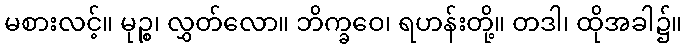
မစားလင့်။ မုဉ္စ၊ လွှတ်လော။ ဘိက္ခဝေ၊ ရဟန်းတို့။ တဒါ၊ ထိုအခါ၌။